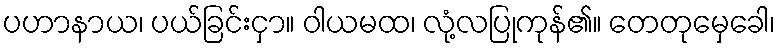
ပဟာနာယ၊ ပယ်ခြင်းငှာ။ ဝါယမထ၊ လုံ့လပြုကုန်၏။ တေတုမှေခေါ၊